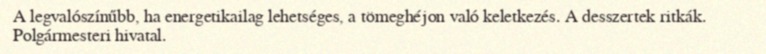
A legvalószínűbb, ha energetikailag lehetséges, a tömeghéjon való keletkezés. A desszertek ritkák. Polgármesteri hivatal.